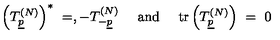
\left( T _ { \underline { { p } } } ^ { ( N ) } \right) ^ { * } \ = , - T _ { - \underline { { p } } } ^ { ( N ) } \ \quad \mathrm { a n d } \quad \ \mathrm { t r } \left( T _ { \underline { { p } } } ^ { ( N ) } \right) \ = \ 0